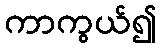
ကာကွယ်၍